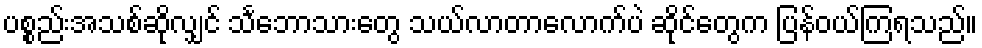
ပစ္စည်းအသစ်ဆိုလျှင် သင်္ဘောသားတွေ သယ်လာတာလောက်ပဲ ဆိုင်တွေက ပြန်ဝယ်ကြရသည်။